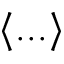
\langle . . . \rangle